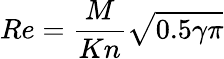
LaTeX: Re=\frac{M}{Kn}\sqrt{0.5\gamma\pi}